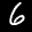
Label: 6